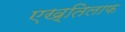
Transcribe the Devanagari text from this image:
एख़्तिलाफ